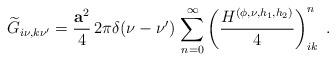
LaTeX: \begin{align*} \widetilde{G}_{i\nu,k\nu'}= \frac{{\bf a}^2}{4}\,2\pi\delta(\nu-\nu')\,\sum_{n=0}^\infty\left(\frac{H^{(\phi,\nu,h_1,h_2)}}{4}\right)^n_{ik}\; .\end{align*}